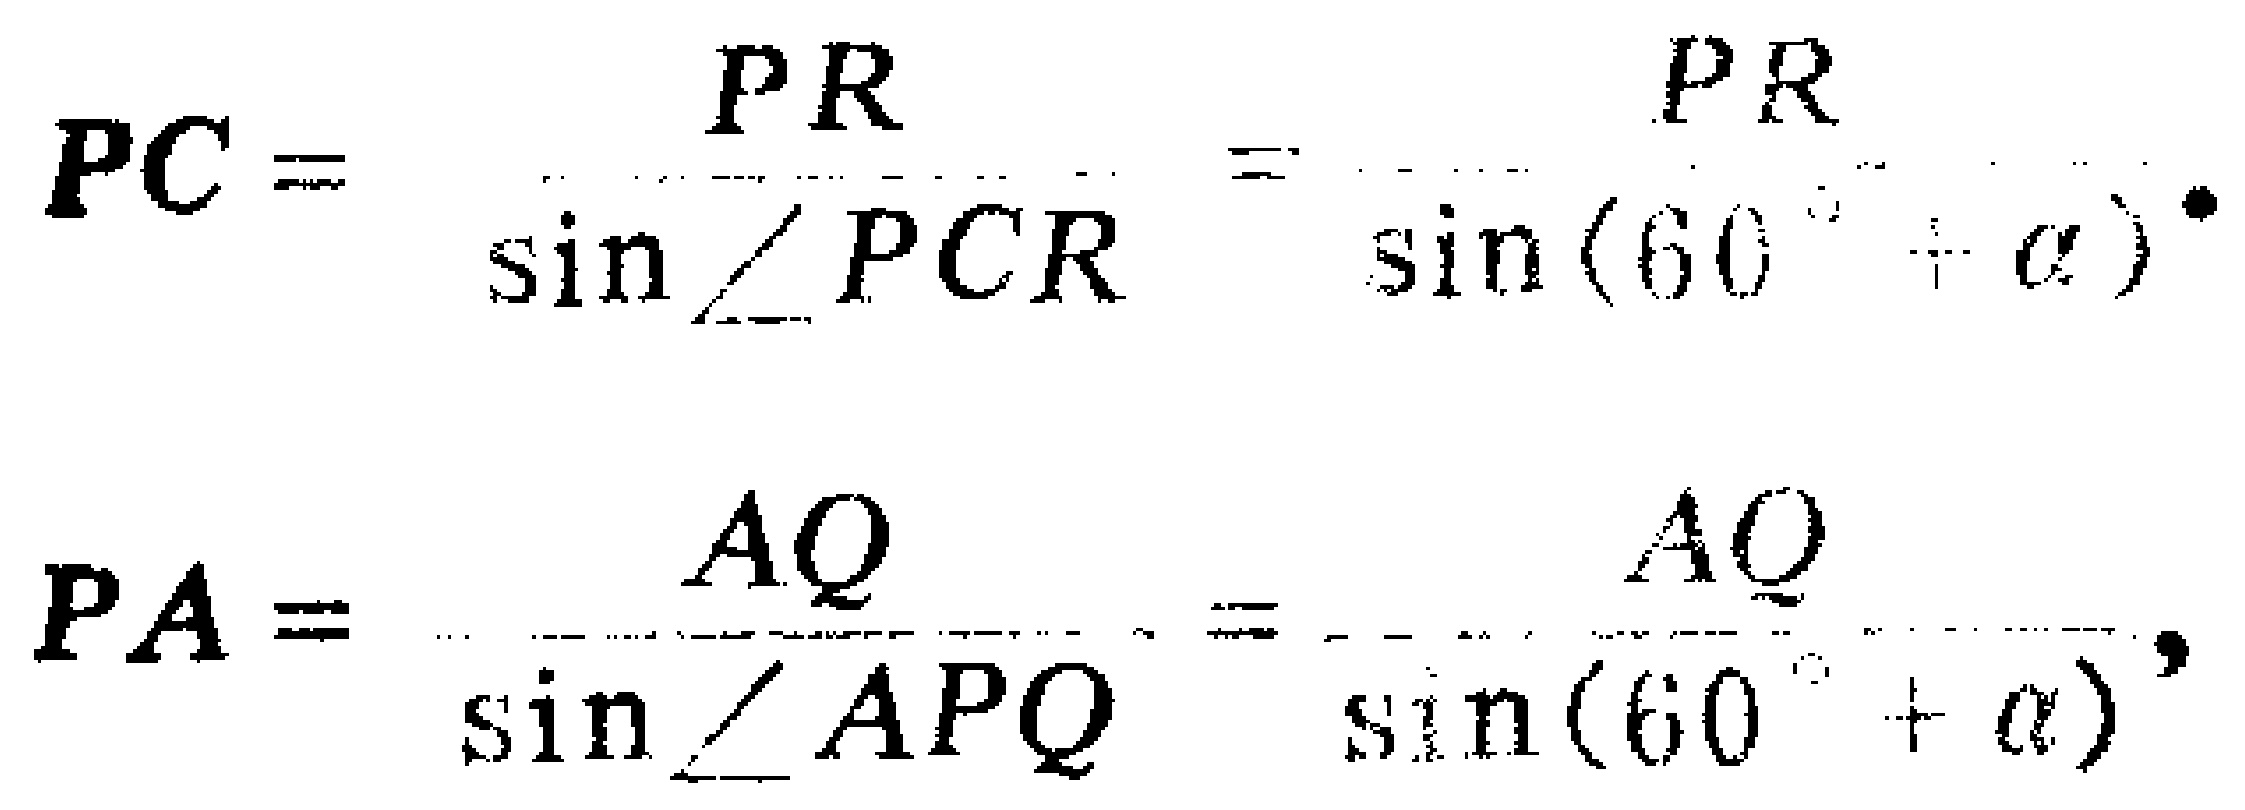
\[
PC=\frac{PR}{\sin\angle PCR}=\frac{PR}{\sin(60^{\circ}+\alpha)}.
\]
\[
PA=\frac{AQ}{\sin\angle APQ}=\frac{AQ}{\sin(60^{\circ}+\alpha)},
\]